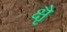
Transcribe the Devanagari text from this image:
क्षैृ